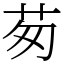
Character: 茐